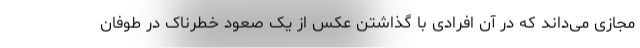
مجازی می‌داند که در آن افرادی با گذاشتن عکس از یک صعود خطرناک در طوفان